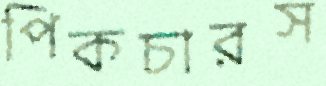
পিকচারস